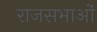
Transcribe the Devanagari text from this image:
राजसभाओं